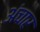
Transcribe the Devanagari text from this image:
अंचार